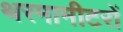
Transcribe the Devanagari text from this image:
थरमामीटरों